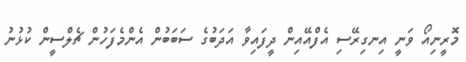
މޮރީނިއޯ ވަނީ އިނގިރޭސި އެފްއޭއިން ދީފައިވާ އަދަބުގެ ސަބަބުން އެންމެފަހުން ޗެލްސީން ކުޅުނު